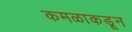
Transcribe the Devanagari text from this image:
कमळाकडून